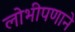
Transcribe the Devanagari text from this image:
लोभीपणाने